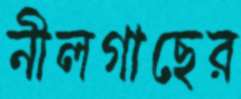
নীলগাছের